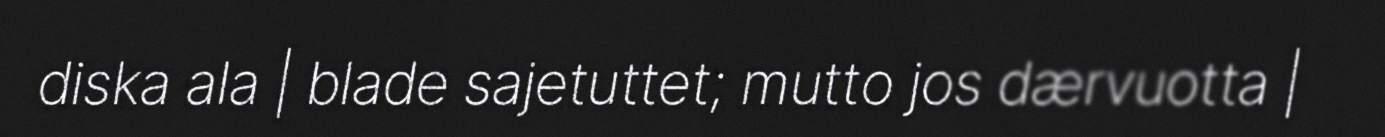
diska ala | blade sajetuttet; mutto jos dærvuotta |